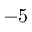
- 5